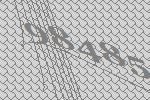
98485